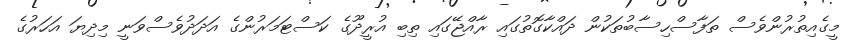
މީގެއިތުރުންވެސް ތަފާސްހިސާބުތަކުން ދައްކާގޮތުގައި ރާއްޖޭގައި ތިބި އުރީދޫގެ ކަސްޓަމަރުންގެ އަދަދުވެސްވަނީ މިދިޔަ އަހަރުގެ